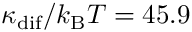
\kappa _ { \mathrm { d i f } } / k _ { \mathrm { B } } T = 4 5 . 9